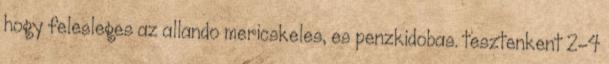
hogy felesleges az allando mericskeles, es penzkidobas. tesztenkent 2-4